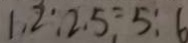
1 . 2 : 2 . 5 = 5 : 6